Burma Government Medical School reports 1923-41
Year: 1923
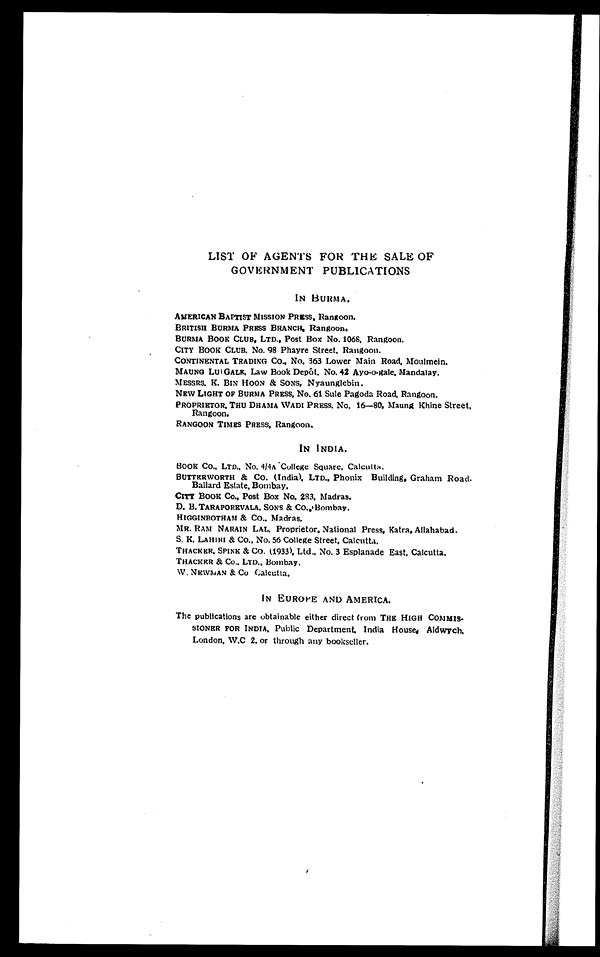
LIST OF AGENTS FOR THE SALE OF
GOVERNMENT PUBLICATIONS
IN BURMA.
AMERICAN BAPTIST MISSION PRESS, Rangoon.
BRITISH BURMA PRESS BRANCH, Rangoon.
BURMA BOOK CLUB, LTD., Post Box No. 1068, Rangoon.
CITY BOOK CLUB. No. 98 Phayre Street, Rangoon.
CONTINENTAL TRADING CO., No. 363 Lower Main Road, Moulmein.
MAUNG LU I GALE. Law Book Depôt, No. 42 Ayo-o-gale, Mandalay.
MESSRS. K. BIN HOON & SONS, Nyaunglebin.
NEW LIGHT OF BURMA PRESS, No. 61 Sule Pagoda Road, Rangoon.
PROPRIETOR, THU DHAMA WADI PRESS, No. 16-80. Maung Khine Street,
Rangoon.
RANGOON TIMES PRESS, Rangoon.
IN INDIA.
BOOK CO., LTD., No. 4/4A College Square, Calcutta.
BUTTERWORTH & Co. (India). LTD., Phonix Building, Graham Road.
Ballard Estate. Bombay.
CITY BOOK Co., Post Box No. 283. Madras.
D. B. TARAPOREVALA, SONS & CO., Bombay.
HIGGINBOTHAM & CO.. Madras.
MR. RAM NARAIN LAL. Proprietor, National Press, Katra, Allahabad.
S. K. LAHIRI & CO., No. 56 College Street, Calcutta.
THACKER. SPINK & CO. (1933). Ltd., No. 3 Esplanade East. Calcutta.
THACKER & Co.. LTD., Bombay,
W. NEWMAN & Co Calcutta.
IN EUROPE AND AMERICA.
The publications are obtainable either direct from THE HIGH COMMIS-
SIONER FOR INDIA, Public Department, India House, Aldwych,
London, W.C 2. or through any bookseller.